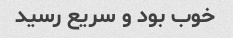
خوب بود و سریع رسید